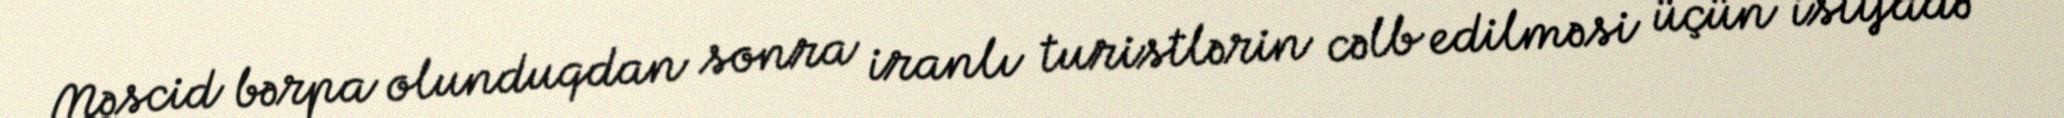
Məscid bərpa olunduqdan sonra iranlı turistlərin cəlb edilməsi üçün istifadə